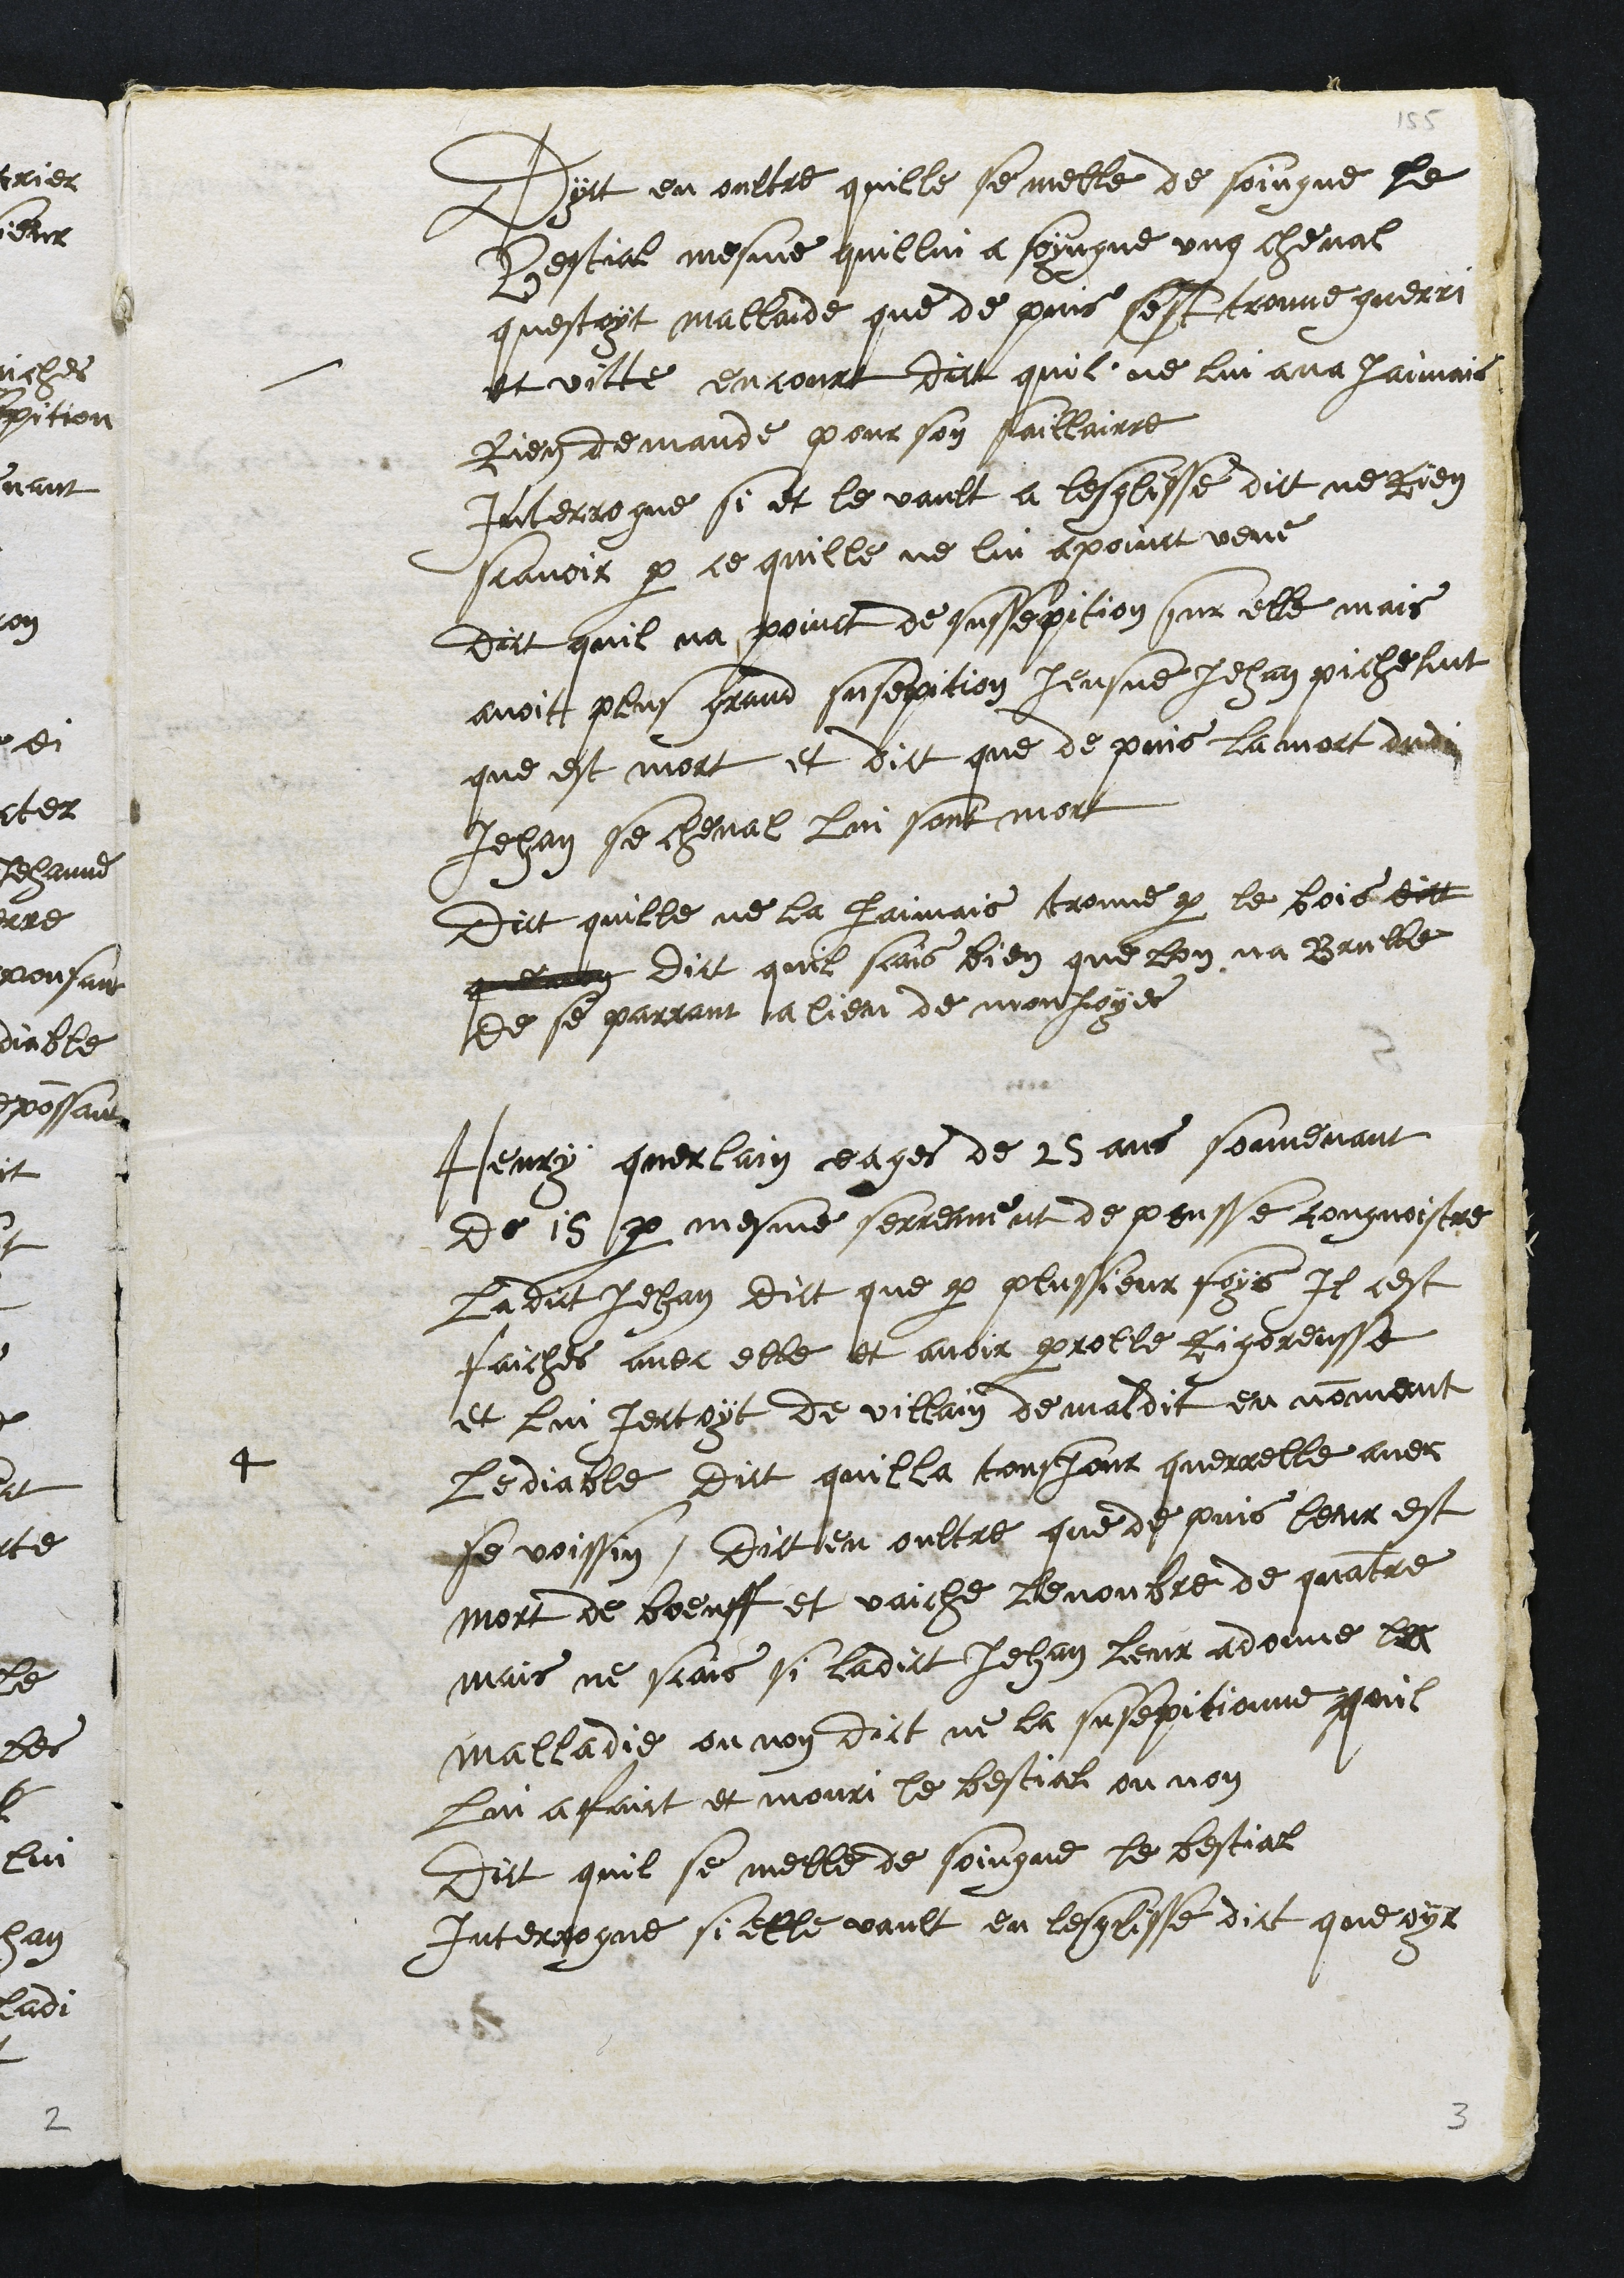
Dyct en oultre quille se melle de soingne le
Bestial mesme quillui a soyngne ung cheval
questoit mallaide que de puis sest trouve guerri
et vitte encourt dict quil ne lui ava Jaimais
Rien demande pour son saillairre
Interrogue si et le vault a lesglisse dict ne rien
scavoir par ce quille ne lui a point veue
Dit quil na point de sussepition sur elle mais
avoit plus grand susepition Jeusne Jehan pichelint
que est mort et dict que depuis la mort dudi
Jehan se cheval lui sont mort
Dict quille ne la jaimais trouve par le bois dict
que dict quil scais bien que lon na Brulle
de se parrant a lieu de monjoyes
4
Henry querlain eages de 25 ans souvenant
de 15 par mesme serrement depousse congnoistre
ladict Jehan dict que par plussieur foys, Il cest
faiches avec elle et avoir parolle rigoreusse
et lui jectoyt de villain demaldit en nommant
le diable dict quilla tousjour querrelle avec
se voissin, Dict en oultre que de puis leur est
mort de boeuff et vaiche le nombre de quatre
mais ne scais si ladict Jehan Leur a donne la
malladie ou non dict ne la susepitionne quil
lui a faict et mouri le bestial ou non
Dict quil se melle de soingne le bestial
Interrogue si elle vault en lesglisse dict que oyr
3